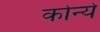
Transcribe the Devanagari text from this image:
कोन्ये